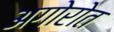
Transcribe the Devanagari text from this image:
अगोरोत